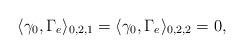
LaTeX: \begin{align*}\langle \gamma_0, \Gamma_e\rangle_{0,2,1}=\langle \gamma_0, \Gamma_e\rangle_{0,2,2}=0,\end{align*}